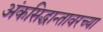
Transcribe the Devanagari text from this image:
अंकसिद्धान्तावरच्या